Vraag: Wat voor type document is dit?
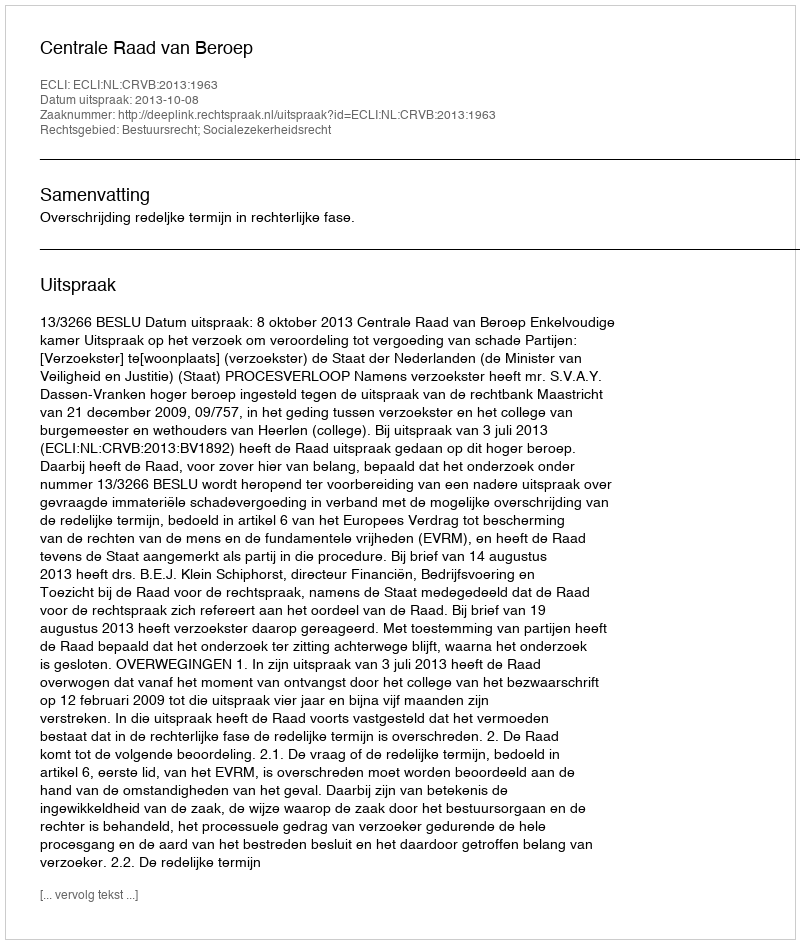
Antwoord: Uitspraak